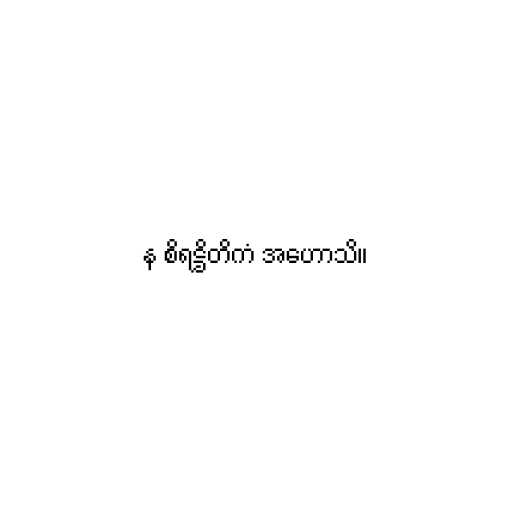
န စိရဋ္ဌိတိကံ အဟောသိ။